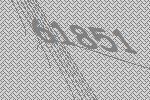
61851